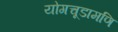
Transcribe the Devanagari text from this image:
योगचूडामणि